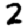
Digit: 2